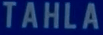
TAHLA